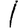
Digit: 1